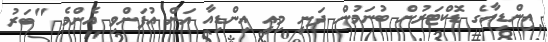
އިންޑިއާގެ ޑޮކްޓަރުން ބުނަމުން ދަނީ މިއީ އިންޑިއާ އަށް އުފަންވި އެންމެ "ބަރު